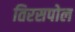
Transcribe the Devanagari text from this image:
तिरसपोल